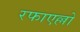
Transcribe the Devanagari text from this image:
रफाएल्लो